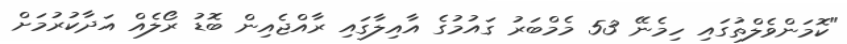
"ކޮމަންވެލްތުގައި ހިމެނޭ 53 މެމްބަރު ގައުމުގެ އާއިލާގައި ރާއްޖެއިން ބޮޑު ރޯލެއް އަދާކުރުމަށް